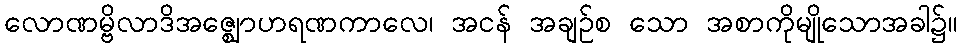
လောဏမ္ဗိလာဒိအဇ္ဈောဟရဏကာလေ၊ အငန် အချဉ်စ သော အစာကိုမျိုသောအခါ၌။